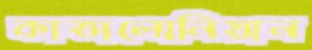
কাতালোনিয়ান